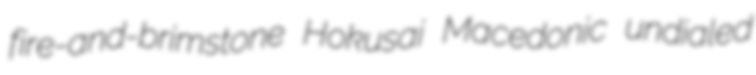
fire-and-brimstone Hokusai Macedonic undialed